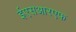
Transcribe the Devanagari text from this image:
ईएसआरएफ